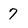
Character: 7